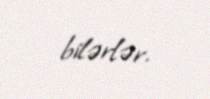
bilərlər.